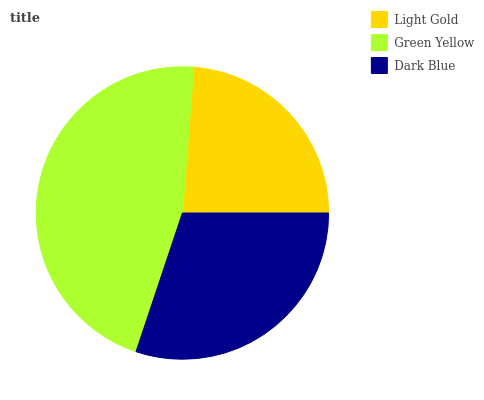
| Light Gold | Green Yellow | Dark Blue |
 | --- | --- | --- |
 | 23.7% | 46.2% | 30.1% |